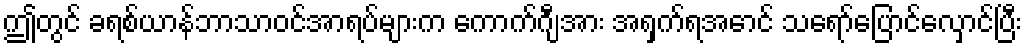
ဤတွင် ခရစ်ယာန်ဘာသာဝင်အာရပ်များက ကောက်ဂျီအား အရှက်ရအောင် သရော်ပြောင်လှောင်ပြီး